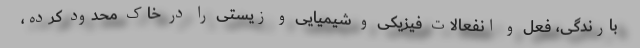
بارندگی، فعل و انفعالات فیزیکی و شیمیایی و زیستی را در خاک محدود کرده،